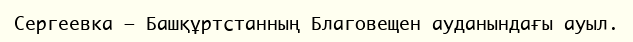
Сергеевка – Башқұртстанның Благовещен ауданындағы ауыл.